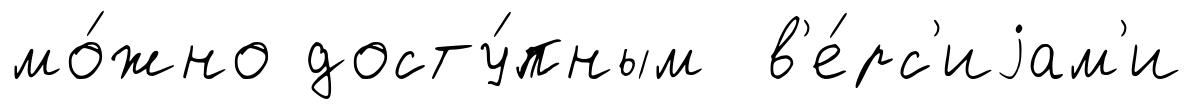
мо́жно досту́пным в'е́рс'иjам'и